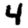
Digit: 4